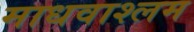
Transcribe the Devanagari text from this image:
माधवाश्लम